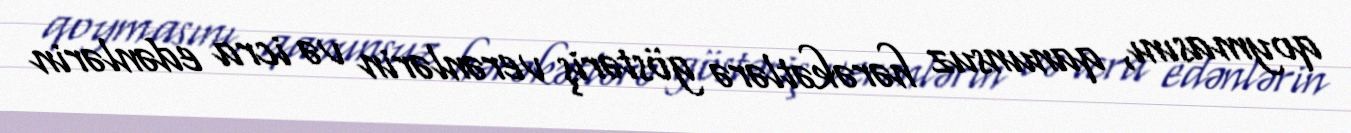
qoymasını, qanunsuz hərəkətlərə göstəriş verənlərin və icra edənlərin